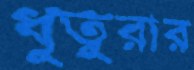
ধুতুরার